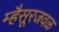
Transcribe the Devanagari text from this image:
म्हैसूरजवळ